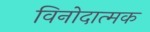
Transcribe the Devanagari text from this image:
विनोदात्मक